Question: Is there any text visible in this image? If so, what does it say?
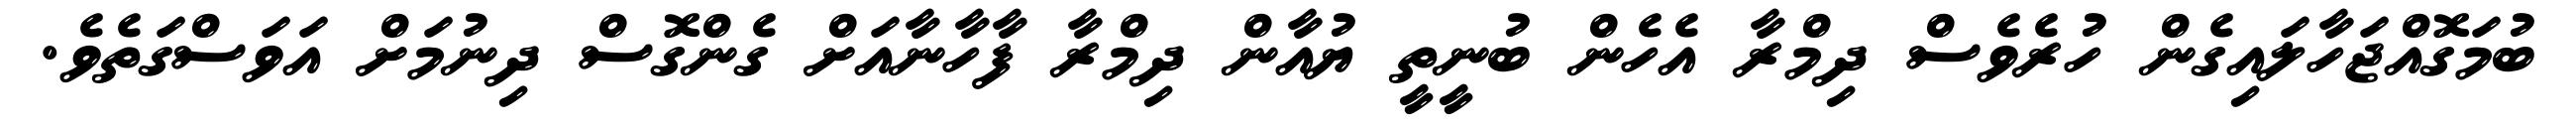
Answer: ބުމަގޮއްޖަހާލައިގެން ހުރެވެސް ދިމްރާ އެހެން ބުނީތީ ޔުއާން ދިމްރާ ފާހާނާއަށް ގެންގޮސް ދިނުމަށް އަވަސްގަތެވެ.